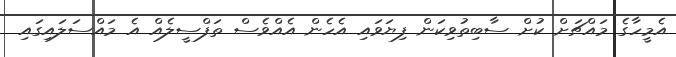
އެމީހާގެ މައްޗަށް ކުށް ސާބިތުވިކަން ފިޔަވައި އެހެން އެއްވެސް ތަފްސީލެއް އެ މައްސަލައިގައި